Vaike-Kopu_(Puiatu)_vallavalitsus, lk 16
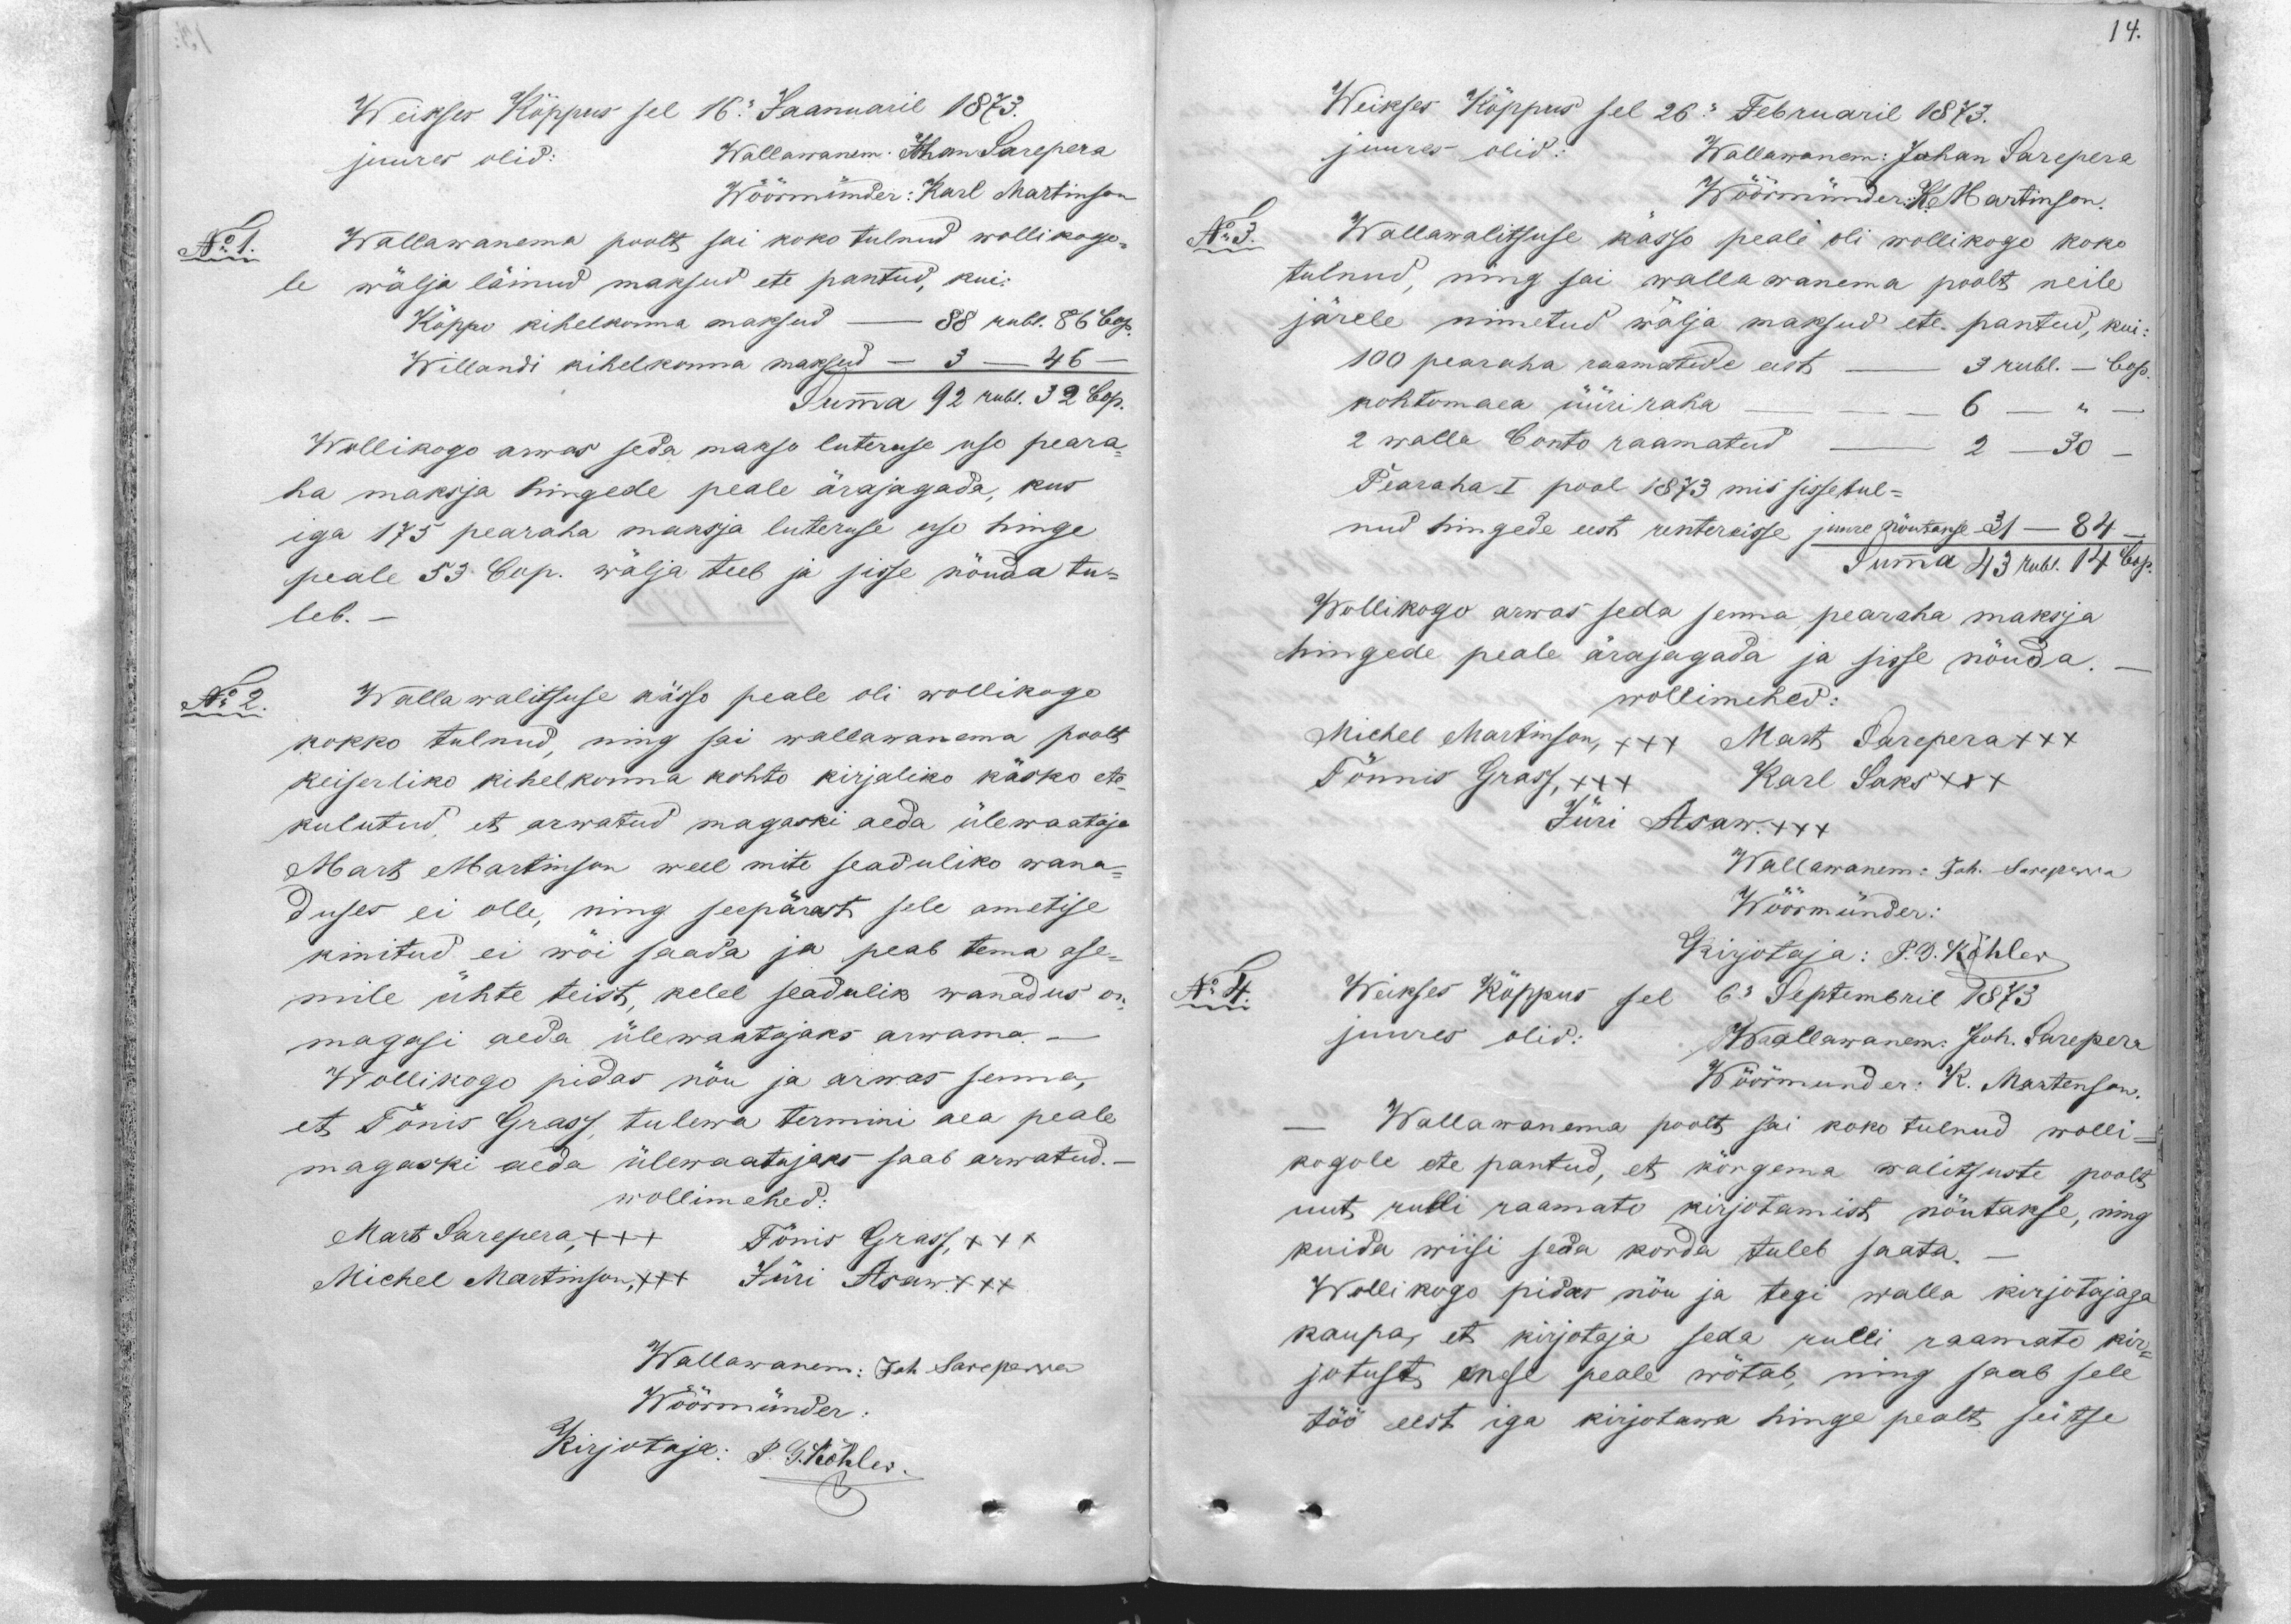
14.

Weikses Kõppus sel 16. Jaanuaril 1873.
juures olid:
Wallawanem: Johan Sarepera
Wöörmünder: Karl Martinson
No 1.
Wallawanema poolt sai koko tulnud wollikogo-
le wälja läinud maksud ete pantud, kui:
Kõppu kihelkonna maksud - 88 rubl. 86 Cop.
Willandi kihelkonna maksud - 3 - 46 -
Summa 92 rubl. 32 Cop.
Wollikogo arwas seda makso luteruse uso peara-
ha maksja hingede peale ärajagada, kus
iga 175 pearaha maksja luteruse uso hinge
peale 53 Cop. wälja teeb ja sisse nõnda tu-
leb.
No 2. Wallawalitsuse kässo peale oli wollikogo
kokko tulnud, ning sai wallawanema poolt
Keiserliko kihelkonna kohto kirjaliko käsko ete-
kulutud, et arwatud magaski aeda ülewaataja
Mart Martinson weel mite seaduliko wana-
duses ei olle, ning seepärast sele ametise
kinitud ei wõi saada ja peab tema ase-
mile ühte teist, kelel seadulik wanadus on
magasi aeda ülewaatajaks arwama.
Wollikogo pidas nõu ja arwas senna,
et Tõnis Grass, tulewa termini aea peale
magaski aeda ülewaatajaks saab arwatud.
wollimehed:
Mart Sarepera, +++ Tõnis Grass, +++
Michel Martinson, +++ Jüri Asaw. +++
Wallawanem: Joh Sareperra
Wöörmünder
Kirjotaja: P. G. Köhler.

Weikses Kõppus sel 26. Februaril 1873.
juures olid: Wallawanem: Johan Sarepera
Wöörmünder: K. Martinson.
No 3. Wallawalitsuse kässo peale oli wollikogu koko
tulnud, ning sai wallawanema poolt neile
järele nimetud wälja maksud ete. pantud, kui:
100 pearaha raamatide eest - 3 rubl. - Cop.
kohtomaea üüri raha - - - 6 - " -
2 walla Conto raamatud - 2 - 30 -
Pearaha I pool 1873 mis sissetul-
nud hingede eest rentereisse juure nõutakse - 31- 84 -
Summa 43 rubl. 14 Cop.
Wollikogo arwas seda senna pearaha maksja
hingede peale ärajagada ja sisse nõuda. -
wollimehed:
Michel Martinson, XXX Mart Sarepera +++
Tõnnis Grass, +++ Karl Saks +++
Jüri Asaw +++
Wallawanem: Joh. Sareperra
Wöörmünder:
Kirjotaja: P. G. Köhler
No 4.
Weikses Kõppus sel 6. Septembril 1873
juures olid:
Wallawanem: Joh. Sarepera
Wöörmünder: R. Martenson.
- Wallawanema poolt sai koko tulnud wolli-
kogole ete pantud, et kõrgema walitsuste poolt
uut rulli raamato kirjotamist nõutakse, ning
kuida wiisi seda korda tuleb saata. -
Wollikogo pidas nõu ja tegi walla kirjotajaga
kaupa, et kirjotaja seda rulli raamato kir-
jutust enese peale wõtab, ning saab sele
töö eest iga kirjotawa hinge pealt seitse